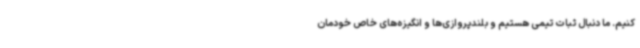
کنیم. ما دنبال ثبات تیمی هستیم و بلندپروازی‌ها و انگیزه‌های خاص خودمان